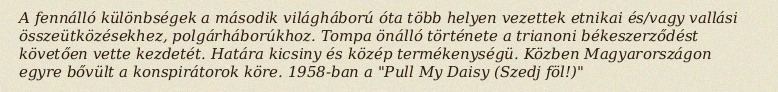
A fennálló különbségek a második világháború óta több helyen vezettek etnikai és/vagy vallási összeütközésekhez, polgárháborúkhoz. Tompa önálló története a trianoni békeszerződést követően vette kezdetét. Határa kicsiny és közép termékenységü. Közben Magyarországon egyre bővült a konspirátorok köre. 1958-ban a "Pull My Daisy (Szedj föl!)"